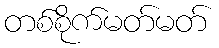
တစ်စိုက်မတ်မတ်